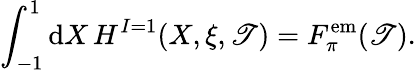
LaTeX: \int_{-1}^{1}\mathrm{d}X\, H^{I=1}(X,\xi,\mathscr{T})=F_{\pi}^{\mathrm{{{em}}}}(\mathscr{T}).